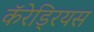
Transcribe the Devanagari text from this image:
कॅरेड्रियस